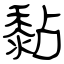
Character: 黏